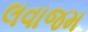
લવાજમ